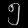
Digit: ၅